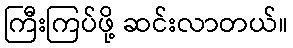
ကြီးကြပ်ဖို့ ဆင်းလာတယ်။